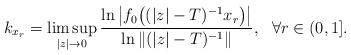
LaTeX: \begin{align*}k_{x_r}=\limsup\limits_{|z|\rightarrow 0}\frac{\ln\big|f_0\big((|z|-T)^{-1}x_r\big)\big|}{\ln\|(|z|-T)^{-1}\|},~~ \forall r\in (0,1].\end{align*}